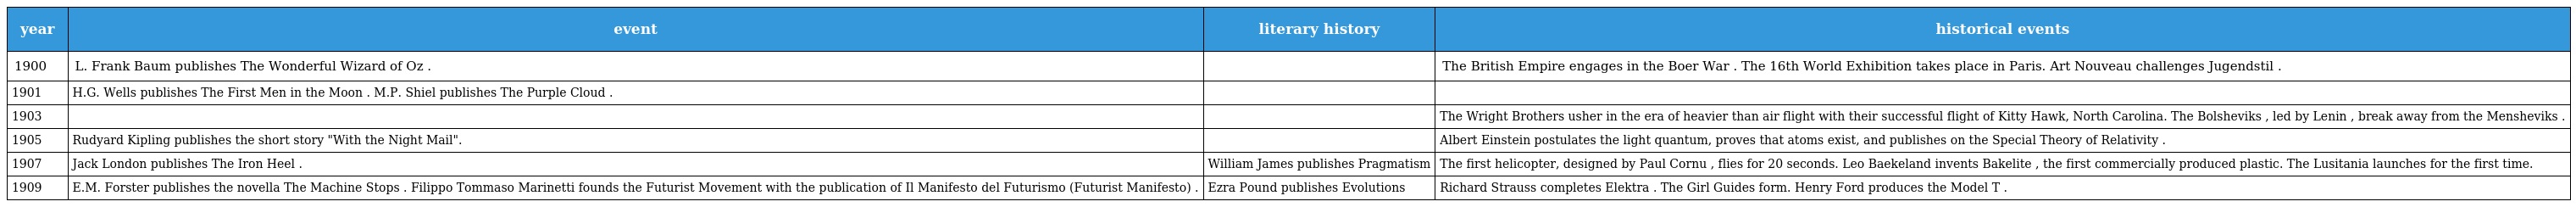
| year | event | literary history | historical events |
 | --- | --- | --- | --- |
 | 1900 | L. Frank Baum publishes The Wonderful Wizard of Oz . |  | The British Empire engages in the Boer War . The 16th World Exhibition takes place in Paris. Art Nouveau challenges Jugendstil . |
 | 1901 | H.G. Wells publishes The First Men in the Moon . M.P. Shiel publishes The Purple Cloud . |  |  |
 | 1903 |  |  | The Wright Brothers usher in the era of heavier than air flight with their successful flight of Kitty Hawk, North Carolina. The Bolsheviks , led by Lenin , break away from the Mensheviks . |
 | 1905 | Rudyard Kipling publishes the short story "With the Night Mail". |  | Albert Einstein postulates the light quantum, proves that atoms exist, and publishes on the Special Theory of Relativity . |
 | 1907 | Jack London publishes The Iron Heel . | William James publishes Pragmatism | The first helicopter, designed by Paul Cornu , flies for 20 seconds. Leo Baekeland invents Bakelite , the first commercially produced plastic. The Lusitania launches for the first time. |
 | 1909 | E.M. Forster publishes the novella The Machine Stops . Filippo Tommaso Marinetti founds the Futurist Movement with the publication of Il Manifesto del Futurismo (Futurist Manifesto) . | Ezra Pound publishes Evolutions | Richard Strauss completes Elektra . The Girl Guides form. Henry Ford produces the Model T . |